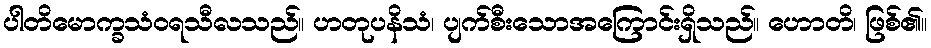
ပါတိမောက္ခသံဝရသီလသည်။ ဟတုပနိသံ၊ ပျက်စီးသောအကြောင်းရှိသည်။ ဟောတိ၊ ဖြစ်၏။